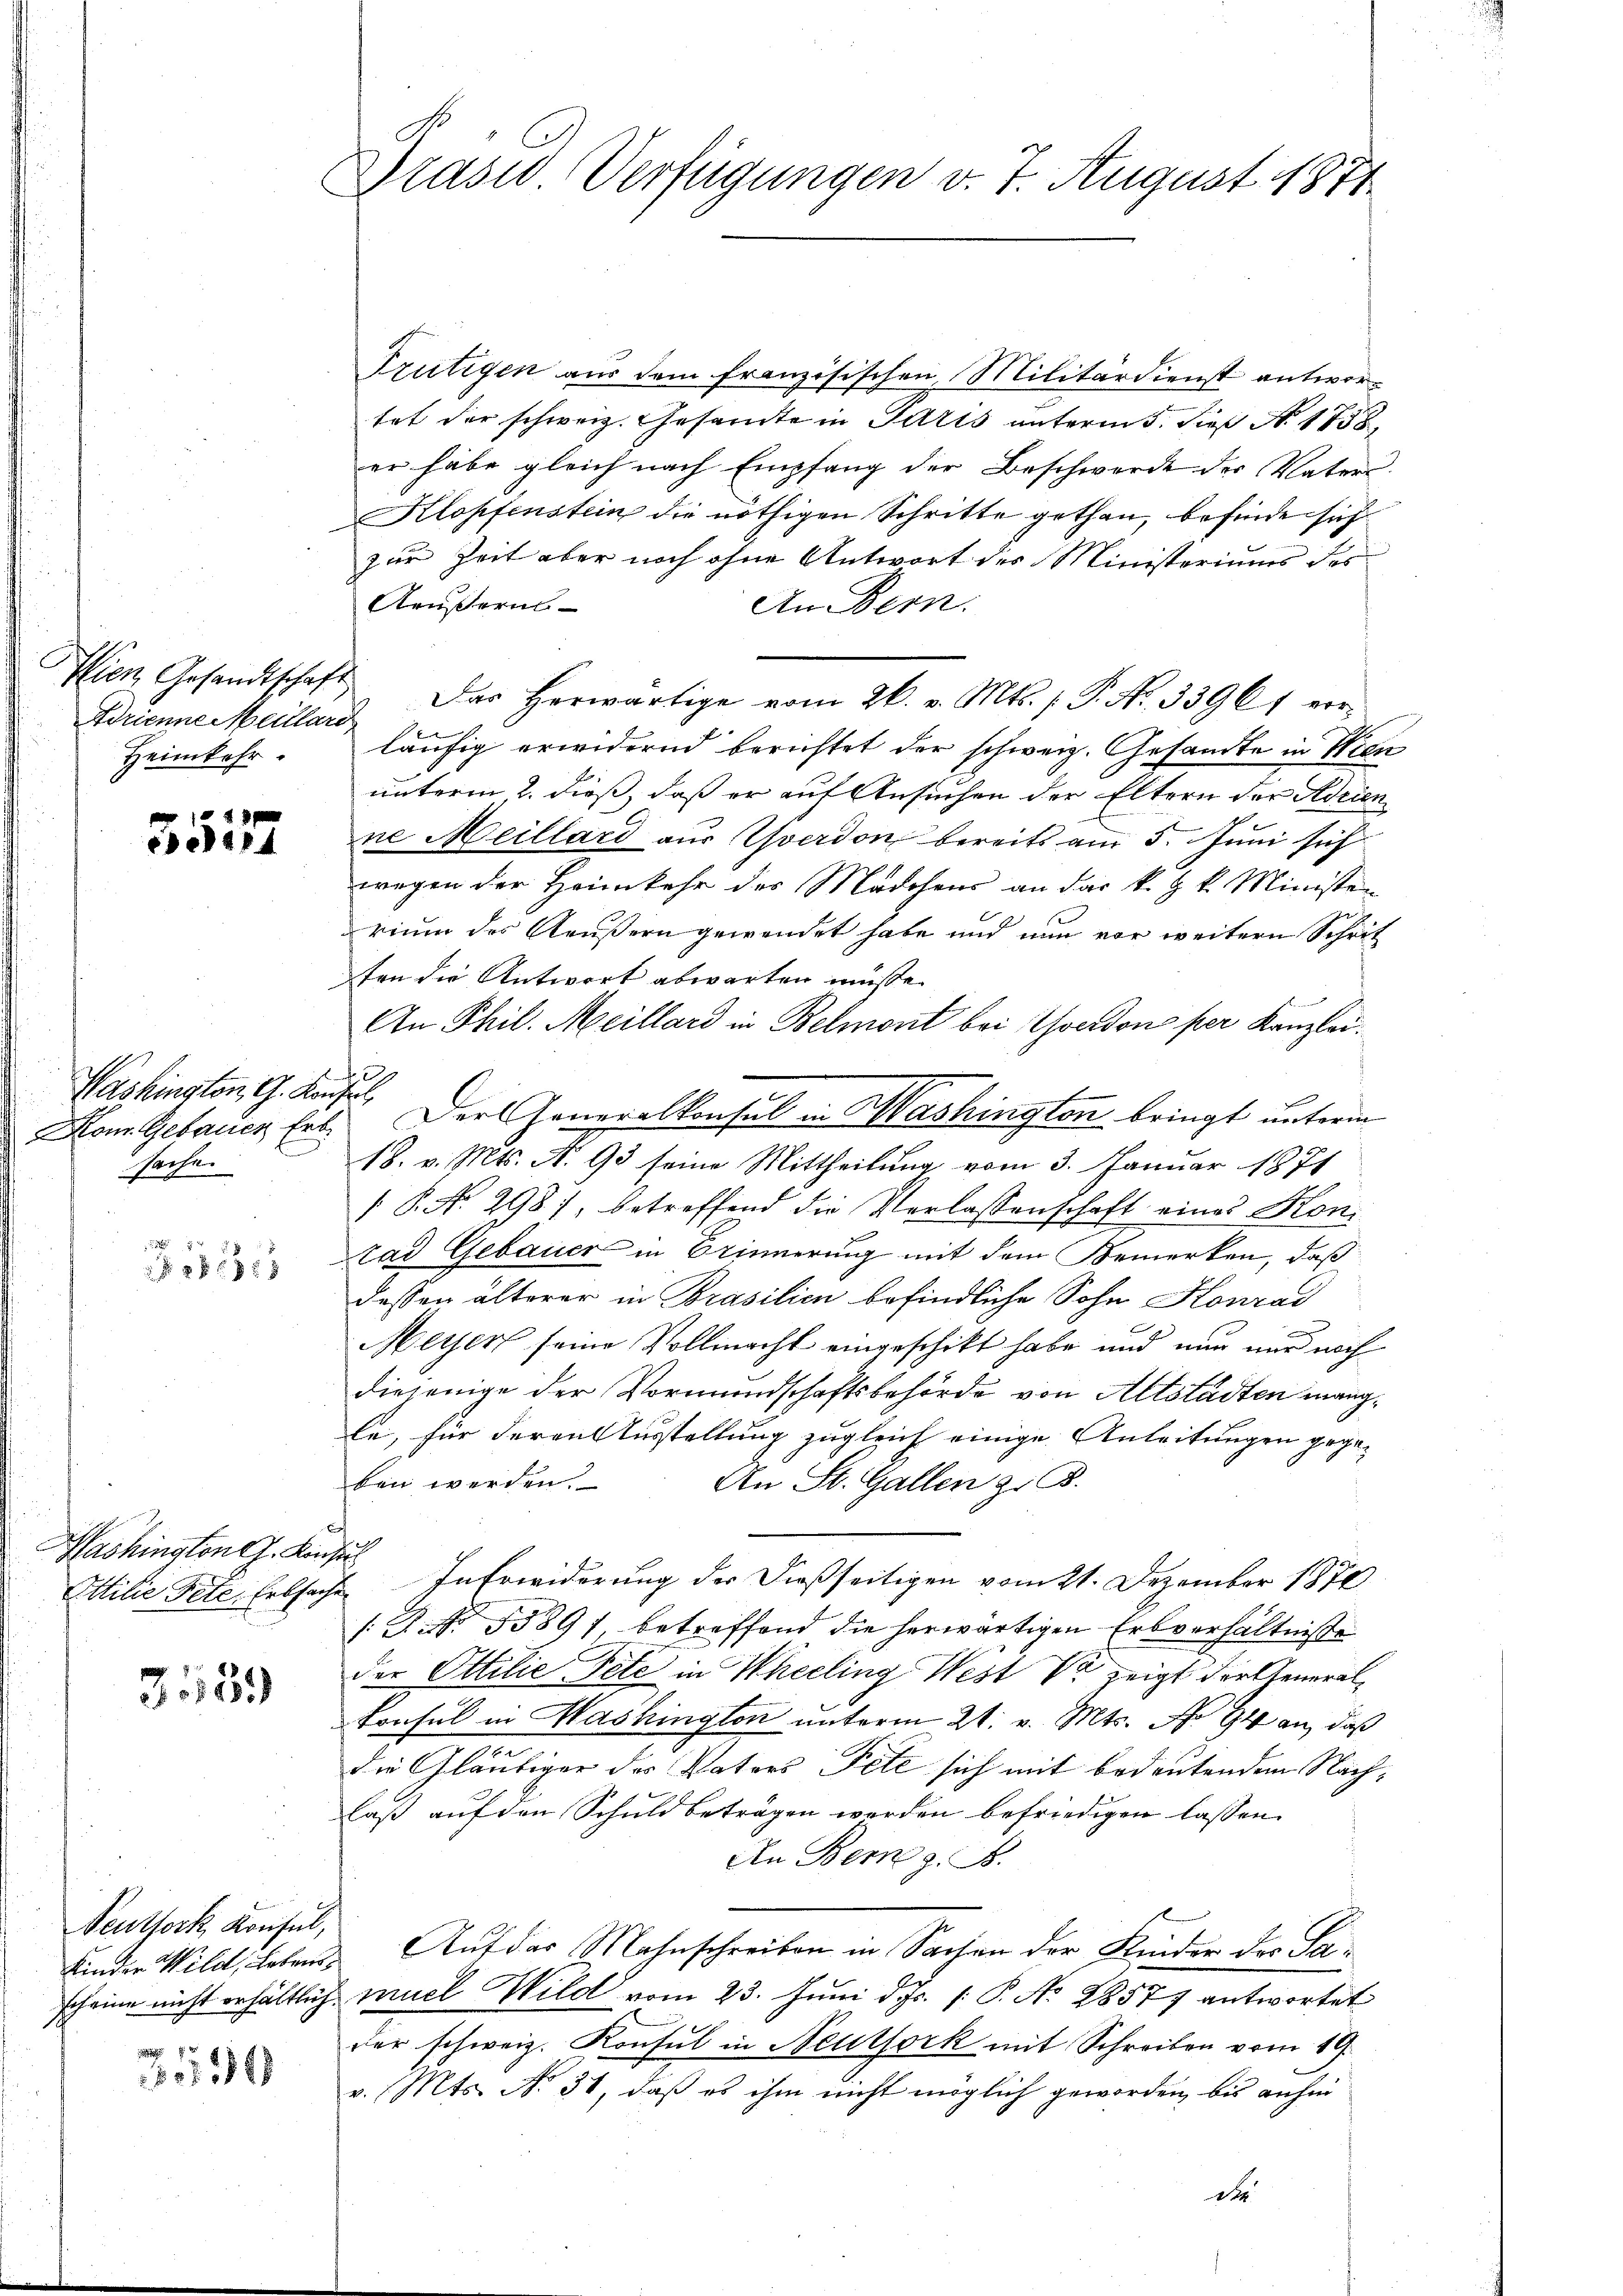
C
Ddrienne Meillard
Heimkehr.

2
e44

Washington, G. Kaiserl
sache.

4 x
 28 xxx

Washington J. Konsul

3589

Frutigen aus dem französischen Militärdienst antwortat der schweiz. Gesandte in Paris unterm 5. dieß No. 1858
er habe gleich nach Empfang der Beschwerde der Vaters
Klopfenstein die nöthigen Schritte gethan, befinde sich
zur Zeit aber noch ohne Antwort des Ministeriums des
Aeußerun
An Bern.
Pfien Gesandtschaft. Das herwärtige vom 26. v. Mts. f. P. Nr. 33961 verläufig erwidernd berichtet der schweiz. Gesandte in Wien
unterm 2. dieß, daß er auf Ansuchen der Eltern der Adrien
ne Meillard aus verdon bereits am 5. Juni sich
wegen der Heimkehr des Mädchens an das k. k. k. Ministen
rium des Aeußern gewendet habe und nun vor weitern Schrit
ten die Antwort abwarten müsse.
An Phil. Meillard in Belmont bei Yverdon per Kanzlei
Kom. Gebauer Ert. Der Generalkonsul in Washington bringt unterm
18. v. Mts. N. 93 seine Mittheilung vom 3. Januar 1871
 P. No. 298), betreffend die Verlassenschaft eines Kon-
tad Gebauer in Erinnerung mit dem Bemerken, daß
dessen älterer in Brasilien befindliche Sohn Konrad
Meter seine Vollmacht eingeschikt habe und nun nur noch
diejenige der Vormundschaftsbehörde von Altstädten mangle, für deren Ausstellung zugleich einige Anleitungen gegeben werden.
An St. Gallen z. B.
Ottilie Pete Erbsache. In Erwiderung der dießseitigen vom 21. Dezember 1870
(S. 55891, betreffend die herwärtigen Erbverhältnisse
der Ottilie Pete in Khelling West V zeigt der Generalkonsul in Washington unterm 21. v. Mts. No 94 an, daß
e
die Gläubiger des Vaters Fett sich mit bedeutendem Nachlaß auf den Schuld beträgen worden befriedigen lassen.
An Bern z. B.
Kinder Wild, Leben. Auf das Mahnschreiben in Sachen der Kinder des Sascheine nicht erhältlich muel Wild vom 23. Juni d. Js. 1. P. No 2857 antwortet
der schweiz. Konsul in Neutfork mit Schreiben vom 19.
v. Mts. No. 31, daß es ihm nicht möglich geworden, bis anhin
de

Peuthork Konsul,

50134

Drasid. Verfügungen v. 7. August 1871